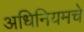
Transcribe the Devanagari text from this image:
अधिनियमचे